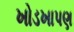
ખોડખાપણ